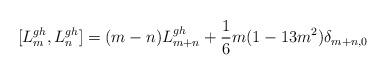
LaTeX: \begin{align*}[L_{m}^{gh},L_{n}^{gh}]=(m-n)L_{m+n}^{gh}+\frac{1}{6}m(1-13m^{2})\delta_{m+n,0}\end{align*}